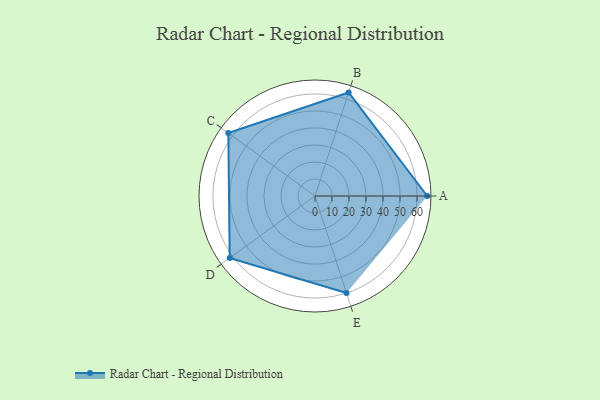
{"axis": {"x": "Skill", "y": "Score"}, "legend": ["Profile"], "data": [{"x": "A", "y": 66.0, "type": "Profile"}, {"x": "B", "y": 64.0, "type": "Profile"}, {"x": "C", "y": 63.0, "type": "Profile"}, {"x": "D", "y": 62.0, "type": "Profile"}, {"x": "E", "y": 60.0, "type": "Profile"}]}